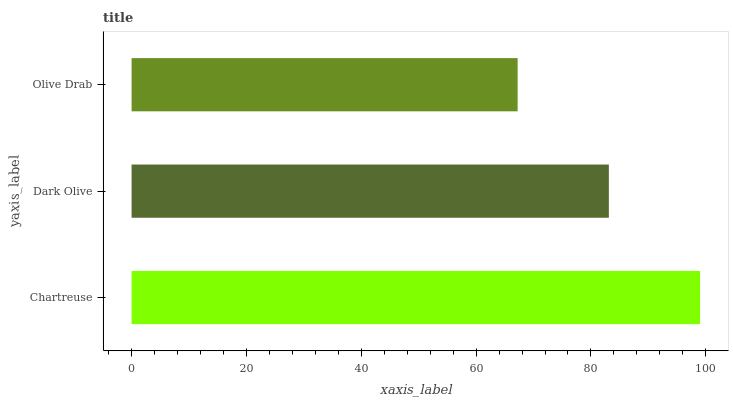
| yaxis_label | bars |
 | --- | --- |
 | Chartreuse | 99 |
 | Dark Olive | 83.1 |
 | Olive Drab | 67.2 |